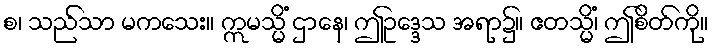
စ၊ သည်သာ မကသေး။ ဣမသ္မိံ ဌာနေ၊ ဤဥဒ္ဒေသ အရာ၌။ ဧတသ္မိံ၊ ဤစိတ်ကို။